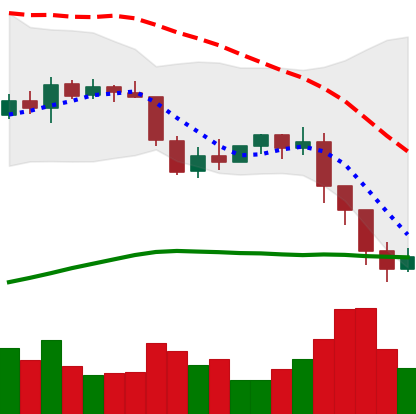
Ticker: ETH-USD
Chart end date: 2022-01-09
Forward return: 4.821%
Label: up_3_5